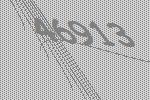
46913